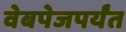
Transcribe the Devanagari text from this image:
वेबपेजपर्यंत